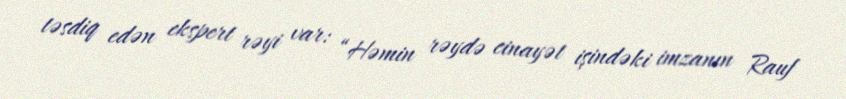
təsdiq edən ekspert rəyi var: “Həmin rəydə cinayət işindəki imzanın Rauf